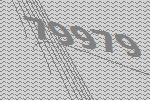
79979